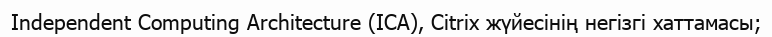
Independent Computing Architecture (ICA), Citrix жүйесінің негізгі хаттамасы;